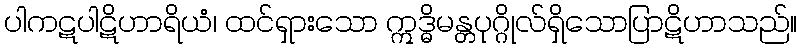
ပါကဋပါဋိဟာရိယံ၊ ထင်ရှားသော ဣဒ္ဓိမန္တပုဂ္ဂိုလ်ရှိသောပြာဋိဟာသည်။